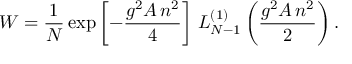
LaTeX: { \cal W } = \frac { 1 } { N } \exp \left[ - \frac { g ^ { 2 } { \cal A } \, n ^ { 2 } } 4 \right] \, L _ { N - 1 } ^ { ( 1 ) } \left( \frac { g ^ { 2 } { \cal A } \, n ^ { 2 } } { 2 } \right) .